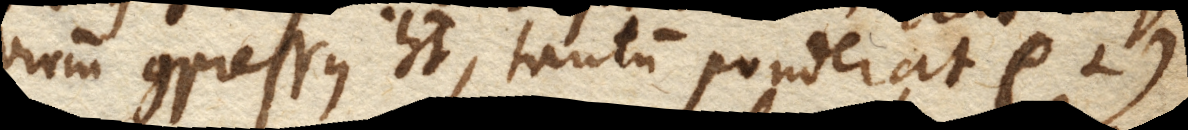
virium compressus habet, tantum ponderat (+).